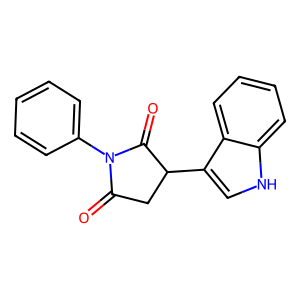
SMILES: O=C1CC(c2c[nH]c3ccccc23)C(=O)N1c1ccccc1
Inhibits HIV replication: No